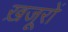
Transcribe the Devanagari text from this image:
ख़जूरों